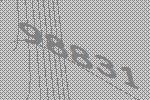
98831